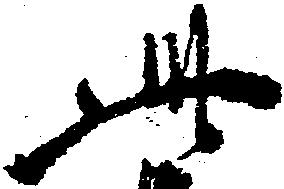
此